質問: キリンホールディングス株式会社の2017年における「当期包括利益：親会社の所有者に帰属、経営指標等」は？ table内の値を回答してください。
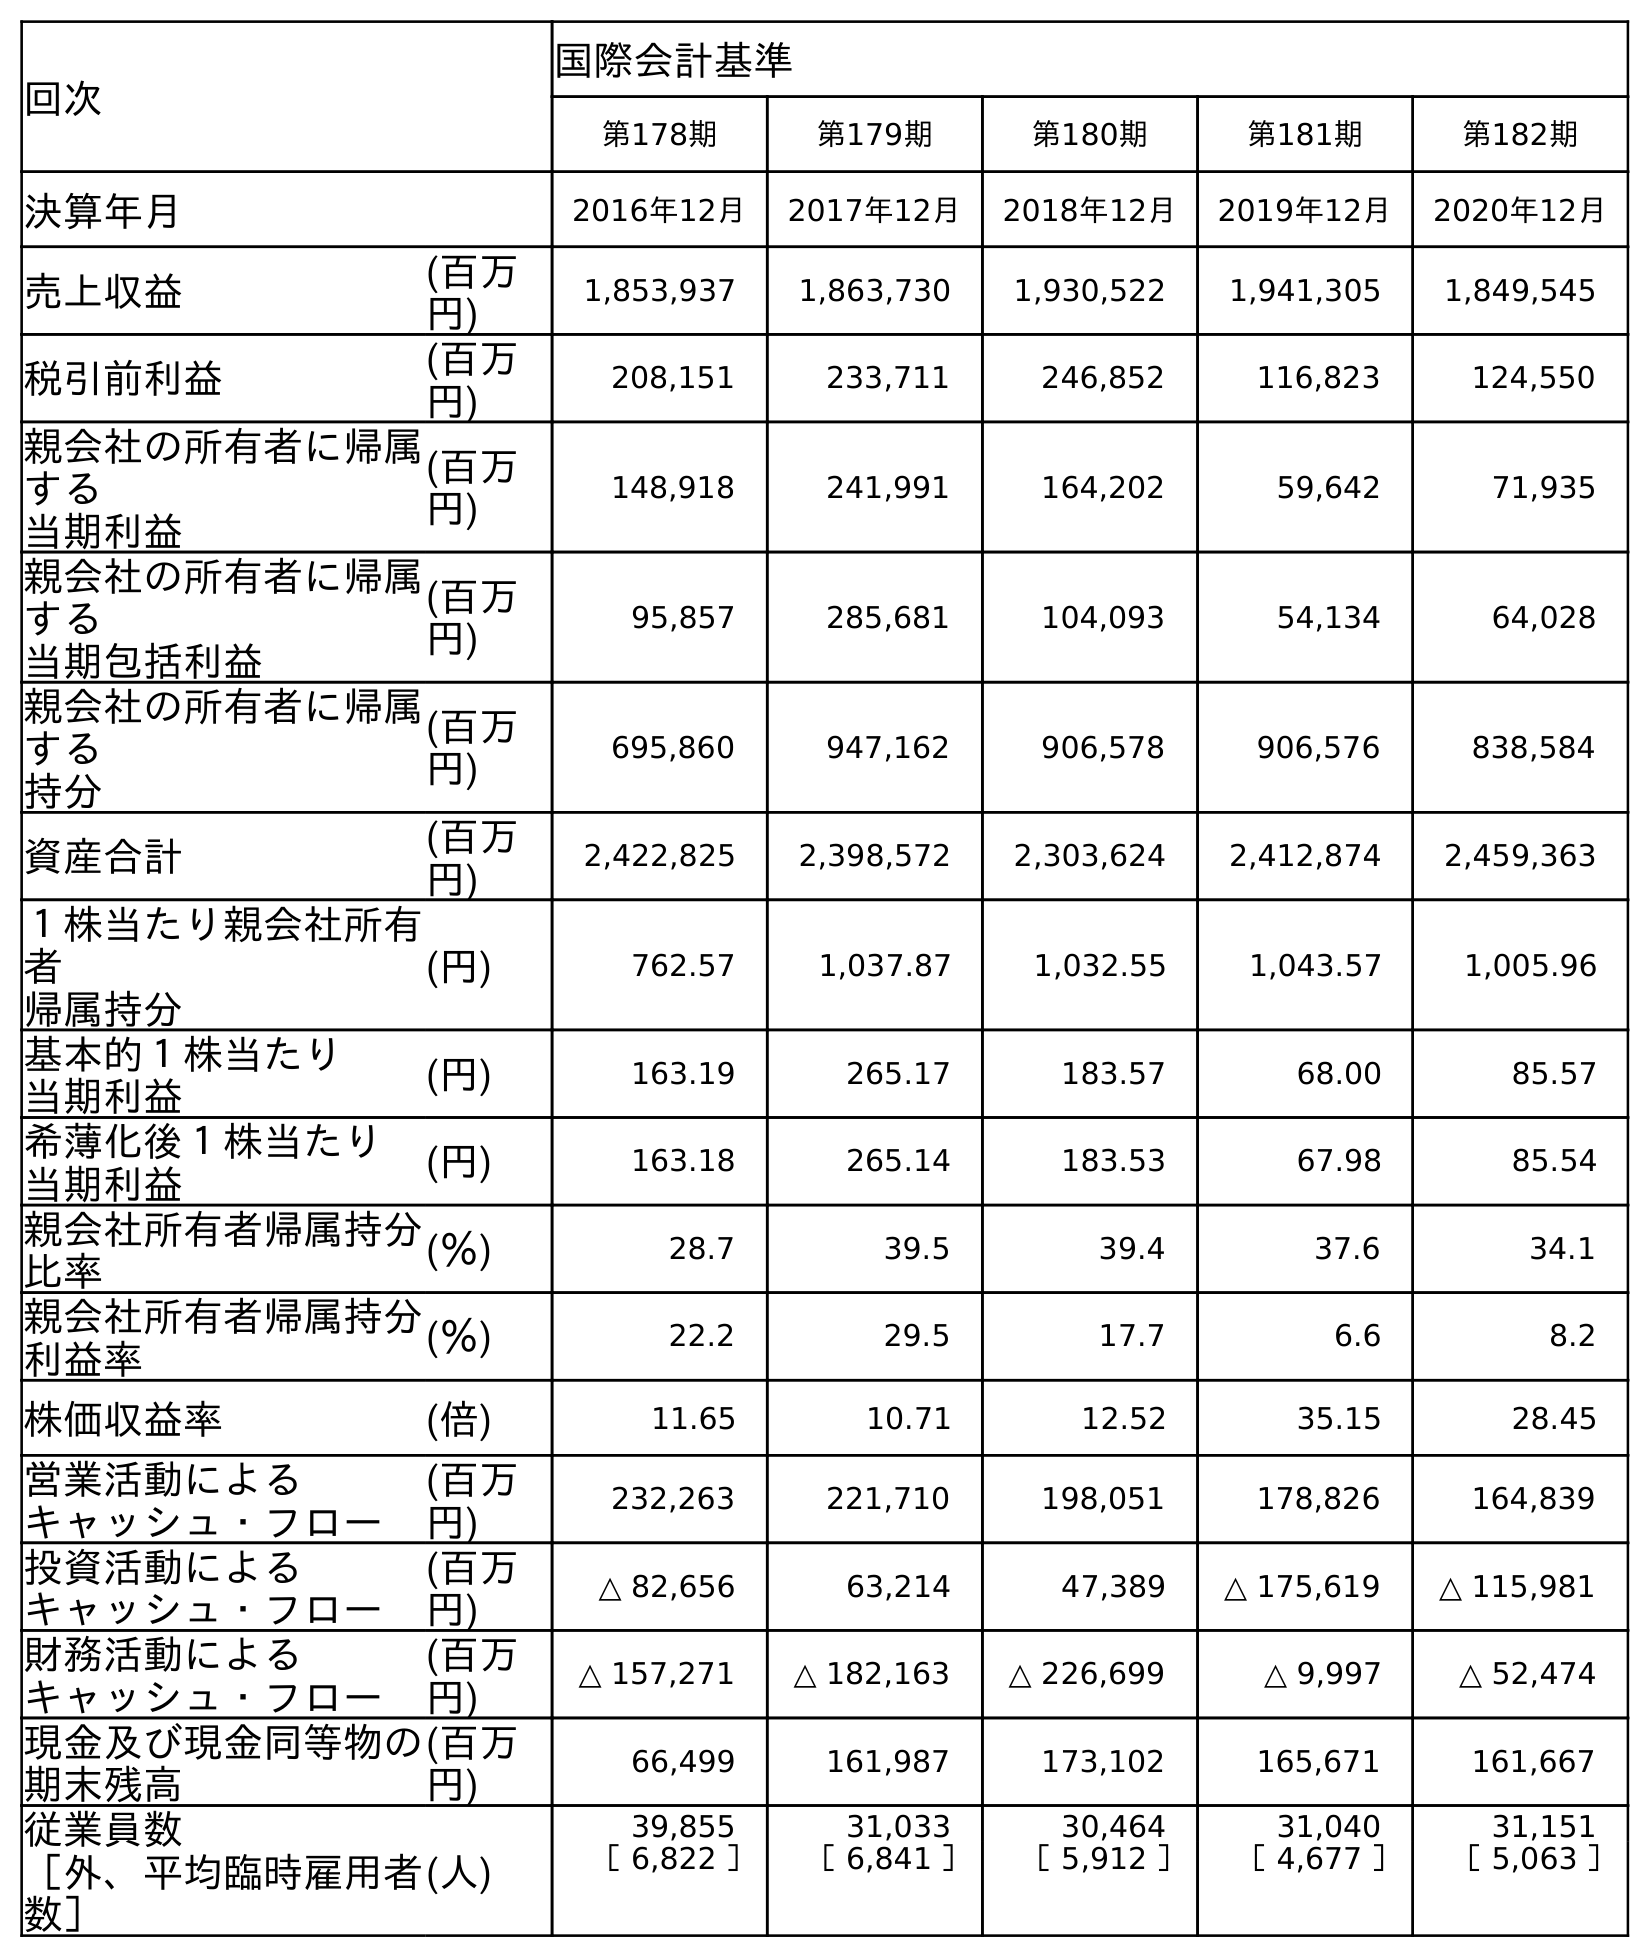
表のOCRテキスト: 回次 国際会計基準 第178期 第179期 第180期 第181期 第182期 決算年月 2016年12月 2017年12月 2018年12月 2019年12月 2020年12月 売上収益 (百万 円) 1,853,937 1,863,730 1,930,522 1,941,305 1,849,545 税引前利益 (百万 円) 208,151 233,711 246,852 116,823 124,550 親会社の所有者に帰属 する 当期利益 (百万 円) 148,918 241,991 164,202 59,642 71,935 親会社の所有者に帰属 する 当期包括利益 (百万 円) 95,857 285,681 104,093 54,134 64,028 親会社の所有者に帰属 する 持分 (百万 円) 695,860 947,162 906,578 906,576 838,584 資産合計 (百万 円) 2,422,825 2,398,572 2,303,624 2,412,874 2,459,363 １株当たり親会社所有 者 帰属持分 (円) 762.57 1,037.87 1,032.55 1,043.57 1,005.96 基本的１株当たり 当期利益 (円) 163.19 265.17 183.57 68.00 85.57 希薄化後１株当たり 当期利益 (円) 163.18 265.14 183.53 67.98 85.54 親会社所有者帰属持分 比率 (％) 28.7 39.5 39.4 37.6 34.1 親会社所有者帰属持分 利益率 (％) 22.2 29.5 17.7 6.6 8.2 株価収益率 (倍) 11.65 10.71 12.52 35.15 28.45 営業活動による キャッシュ・フロー (百万 円) 232,263 221,710 198,051 178,826 164,839 投資活動による キャッシュ・フロー (百万 円) △ 82,656 63,214 47,389 △ 175,619 △ 115,981 財務活動による キャッシュ・フロー (百万 円) △ 157,271 △ 182,163 △ 226,699 △ 9,997 △ 52,474 現金及び現金同等物の 期末残高 (百万 円) 66,499 161,987 173,102 165,671 161,667 従業員数 ［外、平均臨時雇用者 数］ (人) 39,855 31,033 30,464 31,040 31,151 ［ 6,822 ］ ［ 6,841 ］ ［ 5,912 ］ ［ 4,677 ］ ［ 5,063 ］
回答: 285,681